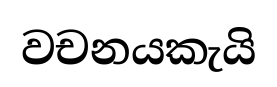
වචනයකැයි